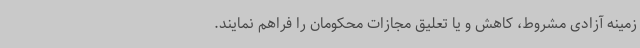
زمینه آزادی مشروط، کاهش و یا تعلیق مجازات محکومان را فراهم نمایند.